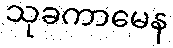
သုခကာမေန